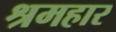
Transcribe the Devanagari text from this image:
श्रमहार